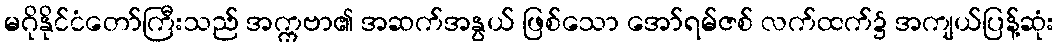
မဂိုနိုင်ငံတော်ကြီးသည် အက္ကဗာ၏ အဆက်အနွယ် ဖြစ်သော အော်ရမ်ဇစ် လက်ထက်၌ အကျယ်ပြန့်ဆုံး